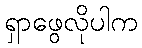
ရှာဖွေလိုပါက